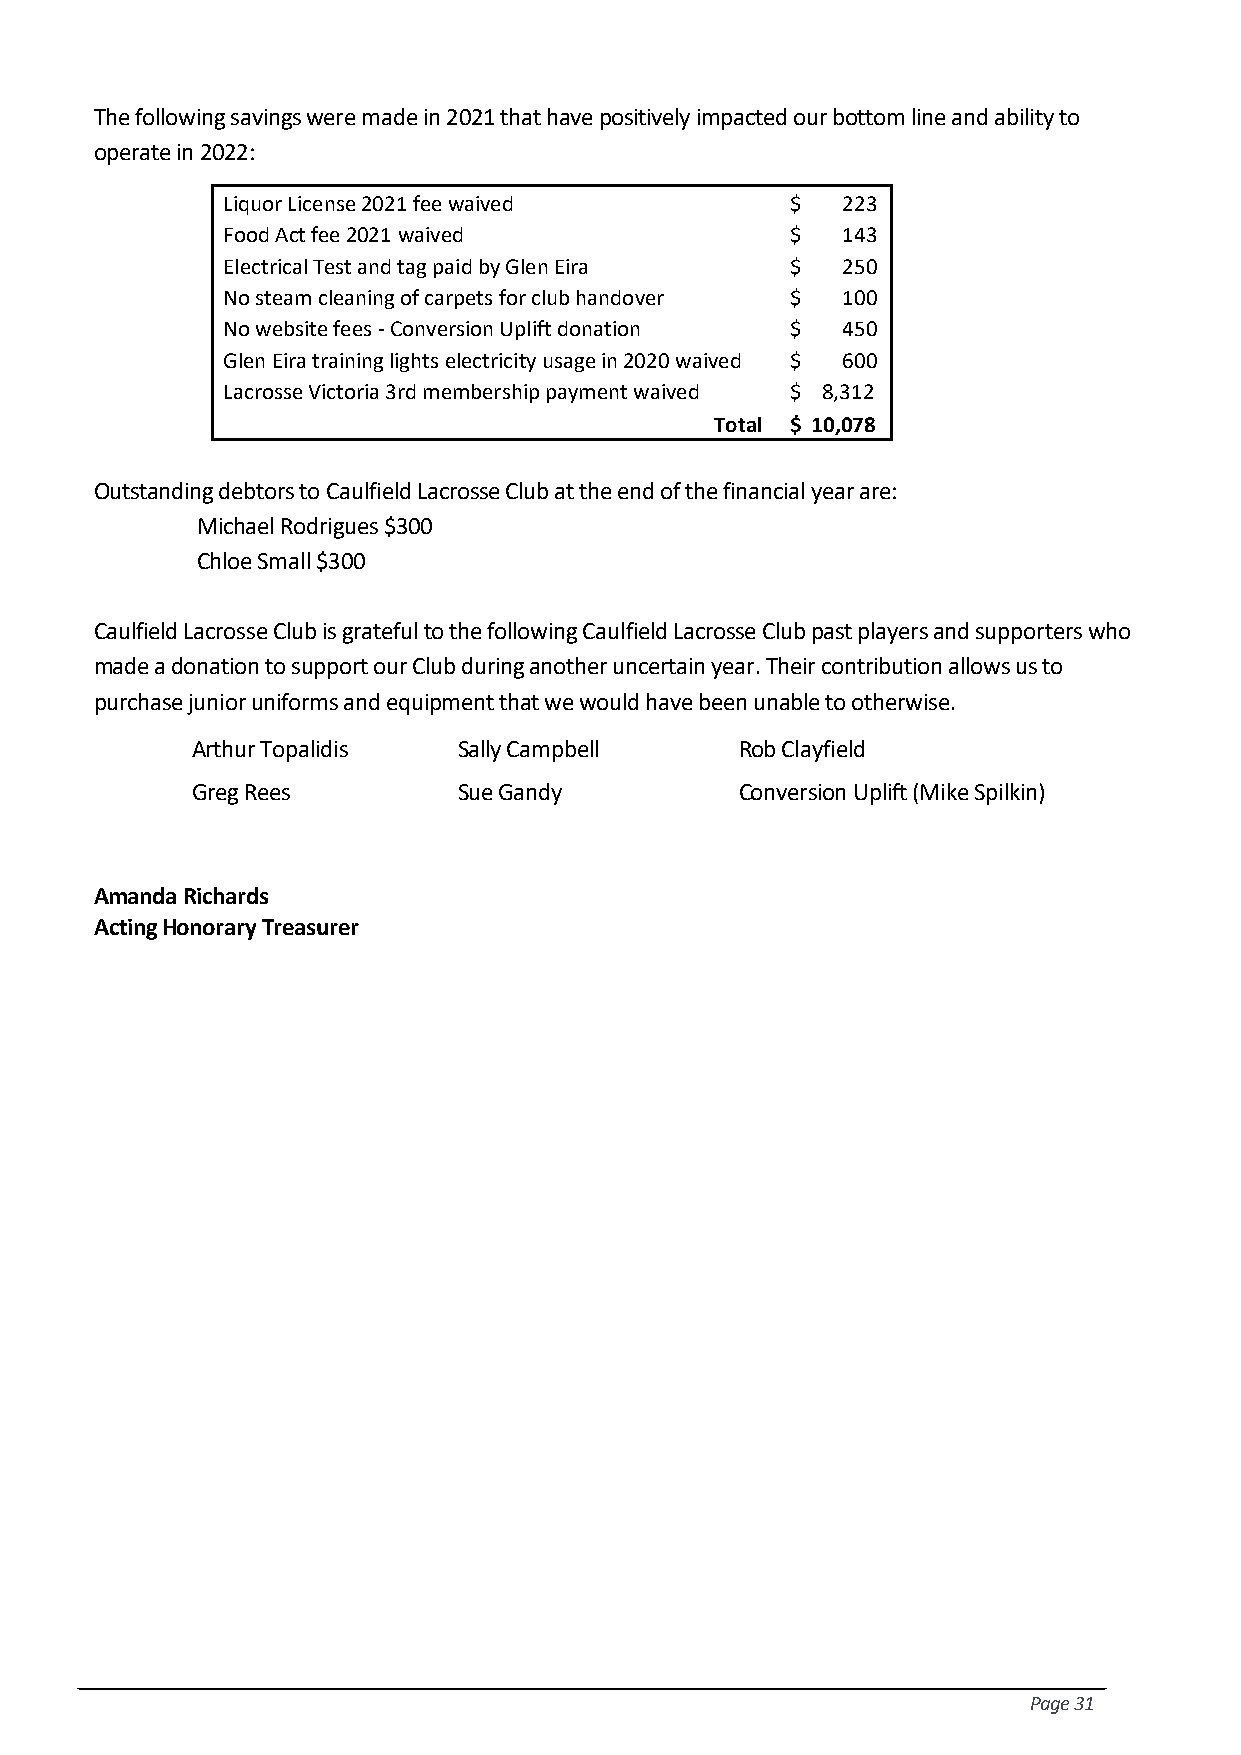
The following savings were made in 2021 that have positively impacted our bottom line and ability to
 operate in 2022:
 Liquor License 2021 fee waived       $   223
 Food Act fee 2021 waived             $   143
 Electrical Test and tag paid by Glen Eira $ 250
 No steam cleaning of carpets for club handover $ 100
 No website fees - Conversion Uplift donation $ 450
 Glen Eira training lights electricity usage in 2020 waived $ 600
 Lacrosse Victoria 3rd membership payment waived $ 8,312
 Total $ 10,078
 Outstanding debtors to Caulfield Lacrosse Club at the end of the financial year are:
 Michael Rodrigues $300
 Chloe Small $300
 Caulfield Lacrosse Club is grateful to the following Caulfield Lacrosse Club past players and supporters who
 made a donation to support our Club during another uncertain year. Their contribution allows us to
 purchase junior uniforms and equipment that we would have been unable to otherwise.
 Arthur Topalidis Sally Campbell     Rob Clayfield
 Greg Rees        Sue Gandy          Conversion Uplift (Mike Spilkin)
 Amanda Richards
 Acting Honorary Treasurer
 Page 31